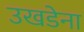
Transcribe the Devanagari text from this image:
उखडेना